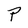
Character: P